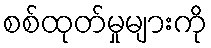
စစ်ထုတ်မှုများကို